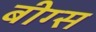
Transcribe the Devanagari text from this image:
बीग्स